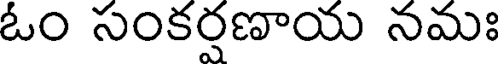
ఓం సంకర్షణాయ నమః